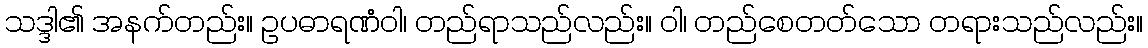
သဒ္ဒါ၏ အနက်တည်း။ ဥပဓာရဏံဝါ၊ တည်ရာသည်လည်း။ ဝါ၊ တည်စေတတ်သော တရားသည်လည်း။